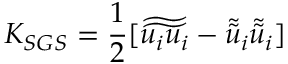
K _ { S G S } = \frac { 1 } { 2 } [ \widetilde { \widetilde { u _ { i } u _ { i } } } - \widetilde { \widetilde { u } } _ { i } \widetilde { \widetilde { u } } _ { i } ]